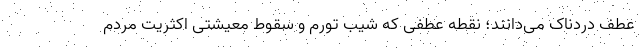
عطف دردناک می‌دانند؛ نقطه عطفی که شیب تورم و سقوط معیشتی اکثریت مردم